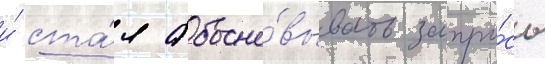
и́ ста́л обосно́вывать запро́сы